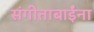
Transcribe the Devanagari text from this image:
संगीताबाईंना